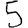
Digit: 5